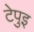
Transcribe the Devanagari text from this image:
टेपुइ